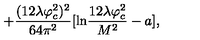
+ \frac { ( 1 2 \lambda \varphi _ { c } ^ { 2 } ) ^ { 2 } } { 6 4 \pi ^ { 2 } } [ \mathrm { l n } \frac { 1 2 \lambda \varphi _ { c } ^ { 2 } } { M ^ { 2 } } - a ] ,